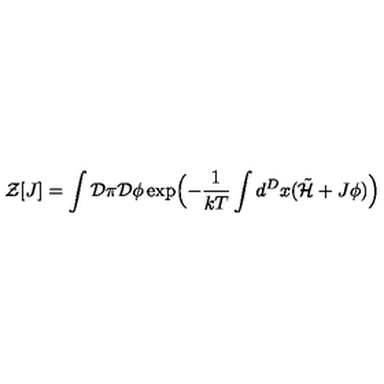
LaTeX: { \cal Z } \lbrack J \rbrack = \int { \cal D } \pi { \cal D } \phi \exp \Bigl ( - \frac { 1 } { k T } \int d ^ { D } x ( { \tilde { { \cal H } } } + J \phi ) \Bigr )